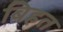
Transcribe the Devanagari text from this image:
बिहत